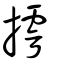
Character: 摴